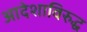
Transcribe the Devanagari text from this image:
आदेशाविरुद्ध